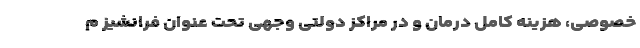
خصوصی، هزینه کامل درمان و در مراکز دولتی وجهی تحت عنوان فرانشیز م